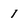
Character: 1